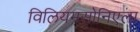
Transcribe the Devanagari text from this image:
विलियमसोनिएला